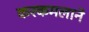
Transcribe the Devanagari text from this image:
करकमलाने